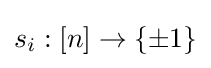
s_{i}:[n]\to \{\pm 1\}